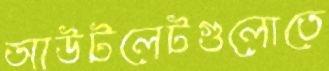
আউটলেটগুলোতে